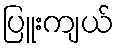
ပြူးကျယ်